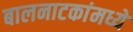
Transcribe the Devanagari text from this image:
बालनाटकांमध्ये